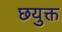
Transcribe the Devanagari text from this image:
छयुक्त